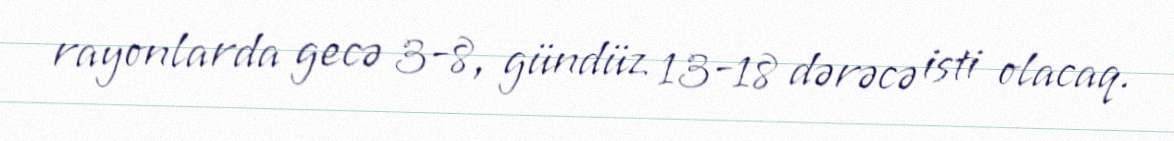
rayonlarda gecə 3-8, gündüz 13-18 dərəcə isti olacaq.